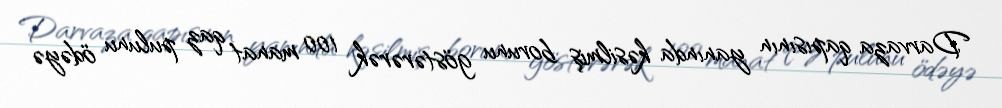
Darvaza qapısının yanında kəsilmiş borunu göstərərək 100 manat qaz pulunu ödəyə